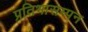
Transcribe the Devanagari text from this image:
प्रतिभासम्पन